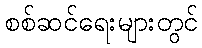
စစ်ဆင်ရေးများတွင်